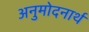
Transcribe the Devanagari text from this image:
अनुमोदनार्थ